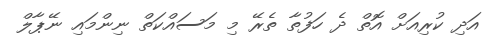
އަދި ކުރިއަށް އޮތް ދެ ހަފުތާ ތެރޭ މި މަސައްކަތް ނިންމައި ނޭޕާލް